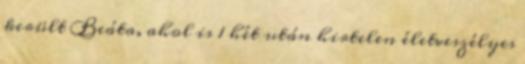
került Beáta, ahol is 1 hét után hirtelen életveszélyes